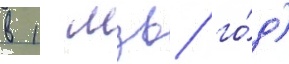
в 1 мзв/ го́д)